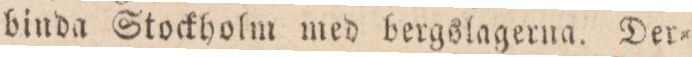
binda Stockholm med bergslagerna. Der=